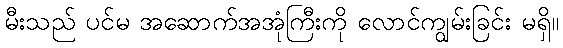
မီးသည် ပင်မ အဆောက်အအုံကြီးကို လောင်ကျွမ်းခြင်း မရှိ။